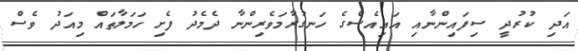
އަދި ކުރުދީ ސިފައިންނާއި އައިއެސްގެ ހަނގުރާމަވެރިންނާ ދެމެދު ފެށި ހަމަލާތައް މިއަދު ވެސް